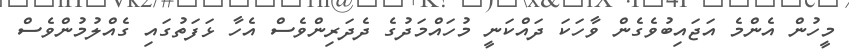
މީހުން އެންމެ އަޖައިބުވެގެން ވާހަކަ ދައްކަނީ މުހައްމަދުގެ ދެދަރިންވެސް އެހާ ޅަފަތުގައި ގެއްލުމުންވެސް